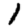
Digit: 1